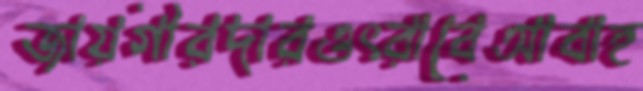
জায়গীরদারওৎরাবেআবাহ